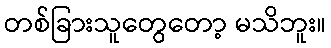
တစ်ခြားသူတွေတော့ မသိဘူး။